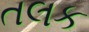
તલક